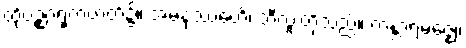
ထိုပဉ္စဂရုကဇာတ်၌။ အမနုဿေဟိ၊ ဘီလူးတို့သည်။ ကန္တာရမဇ္ဈေ၊